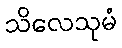
သိလေသုမံ